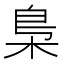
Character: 梟